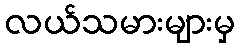
လယ်သမားများမှ